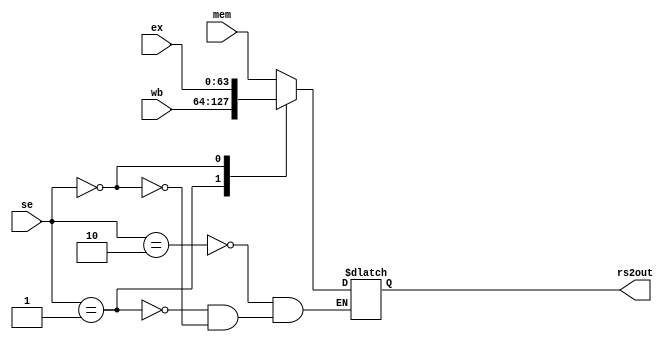
module forward_muxB ( 	ex,
								mem,
								wb,
								se,
								rs2out
								);
								
input wire[63:0] ex;
input wire[63:0] mem;
input wire[63:0] wb;
input wire[1:0] se;

output reg[63:0] rs2out;

always @(*)
begin
	case(se)
		2'b10:rs2out <= mem;
		2'b01:rs2out <= wb;
		2'b00:rs2out <= ex;
	endcase
end

endmodule